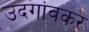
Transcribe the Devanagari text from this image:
उदगांवकर